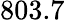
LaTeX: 803.7